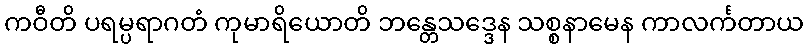
ကဝီတိ ပရမ္ပရာဂတံ ကုမာရိယောတိ ဘန္တေသဒ္ဒေန သစ္စနာမေန ကာလင်္ကတာယ